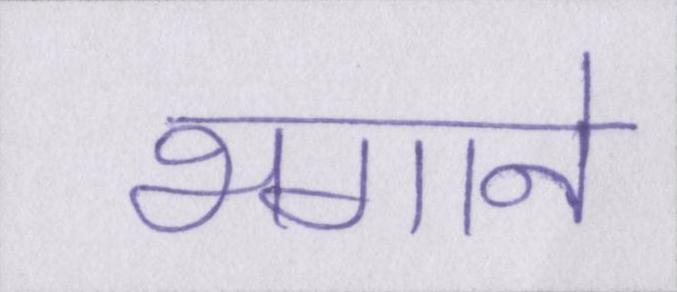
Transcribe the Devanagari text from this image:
भगाने